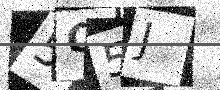
Text: 5O5J